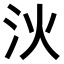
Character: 𣲧